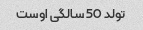
تولد 50 سالگی اوست